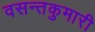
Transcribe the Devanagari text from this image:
वसन्तकुमारी